Report on vaccination in Madras 1904-1921 - 1904-1921
Year: 1904
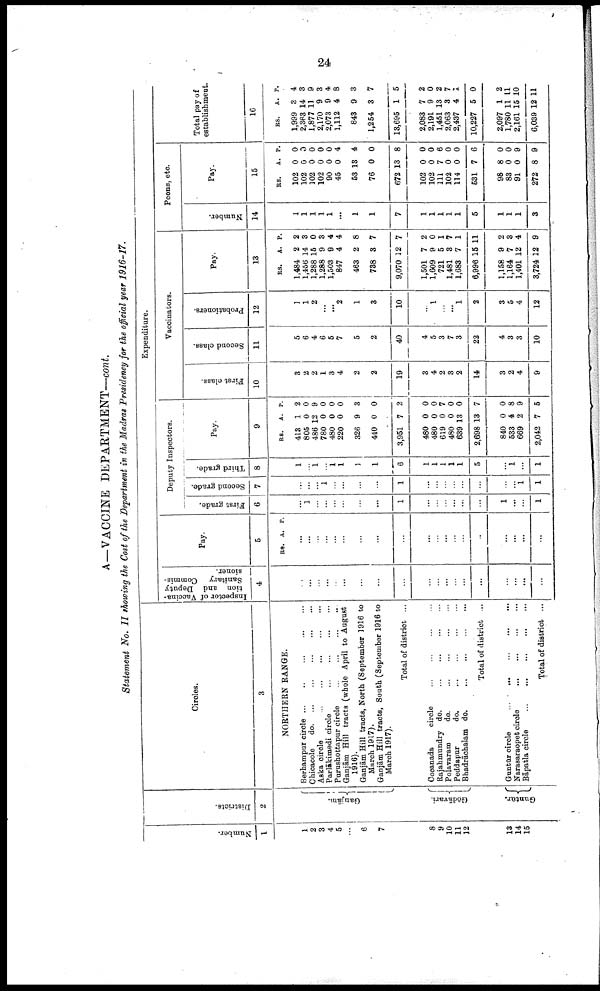
24
A—VACCINE DEPARTMENT—cont.
Statement No. II showing the Cost of the Department in the Madras Presidency for the official year 1916-17.
Number.
1
1
2
3
4
5
...
6
7
8
9
10
11
12
13
14
15
Districts.
2
Ganjām.
Gōdāvari.
Guntūr.
Circles.
3
NORTHERN RANGE.
Berhampur circle .
.
. ... ... ... ...
Chicacole
d
o
. ... ... ... ... ...
Aska circle
...
...
...
...
...
Parlākimedi circle
...
...
...
...
Purushottapur circle
...
...
...
...
Ganjām Hill tracts (whole April to August
1916).
Ganjām Hill tracts, North (September 1916 to
March 1917).
Ganjām Hill tracts, South (September 1916 to
March 1917).
Total of district ...
Cocanada
circle ... ... ... ...
Rajahmundry do.
...
...
...
...
Polavaram
do.
...
...
...
...
Peddapur
do.
...
...
...
...
Bhadrāchalam do. ... ... ... ...
Total of district ...
Guntūr circle
...
...
...
...
...
Narasaraopet circle
...
...
...
...
Bāpatla circle ... ... ... ... ...
Total of district ...
Expenditure.
Inspector of Vaccina¬
tion and Deputy
Sanitary Commis
sioner.
4
...
...
...
...
...
...
...
...
...
...
...
...
...
...
...
...
...
...
...
Pay.
5
RS. A. P.
...
...
...
...
...
...
...
...
...
...
...
...
...
...
...
...
...
...
...
Deputy Inspectors.
First grade.
6
...
1
...
...
...
...
...
...
1
...
...
...
...
...
...
1
...
...
1
Second grade.
7
...
...
...
1
...
...
...
...
1
...
...
...
...
...
...
...
...
1
1
Third grade.
8
1
...
1
...
1 1
1
1
6
1
1
1
1
1
5
...
1
...
1
Pay.
9
RS.
413
805
486
780
480
220
326
440
3,951
480
480
619
480
639
2,698
840
533
669
2,042
A.
1
0
12
0
0
0
9
0
7
0
0
0
0
13
13
0
4
2
7
P.
2
0
9
0
0
0
3
0
2
0
0
7
0
0
7
0
8
9
5
Vaccinators.
First class.
10
3
2
2
1
3
4
2
2
19
3
4
2
3
2
14
3
2
4
9
Second class.
11
5
6
4
6
5
7
5
2
40
4
5
3
7
3
22
4
3
3
10
Probationers.
12
1
1
2
...
...
2
1
3
10
...
1
...
...
1
2
3
5
4
12
Pay.
13
RS.
1,484
1,456
1,288
1,288
1,503
847
463
738
9,070
1,501
1,609
721
1,481
1,683
6,996
1,158
1,164
1,401
3,724
A.
2
14
15
9
9
4
2
3
12
7
9
5
3
7
15
9
7
12
12
P.
2
3
0
3
4
4
8
7
7
2
0
1
7
1
11
2
3
4
9
Peons, etc.
Number.
14
1
1
1
1
1
...
1
1
7
1
1
1
1
1
5
1
1
1
3
Pay.
15
RS.
102
102
102
102
90
45
53
76
672
102
102
111
102
114
531
98
83
91
272
A.
0
0
0
0
0
0
13
0
13
0
0
7
0
0
7
8
0
0
8
P.
0
0
0
0
0
4
4
0
8
0
0
6
0
0
6
0
0
9
9
Total pay of
establishment.
16
RS.
1,999
2,363
1,877
2,170
2,073
1,112
843
1,254
13,695
2,083
2,191
1,451
2,063
2,437
10,227
2,097
1,780
2,161
6,039
A.
3
14
11
9
9
4
9
3
1
7
9
13
3
4
5
1
11
15
12
P.
4
3
9
3
4
8
3
7
5
2
0
2
7
1
0
2
11
10
11